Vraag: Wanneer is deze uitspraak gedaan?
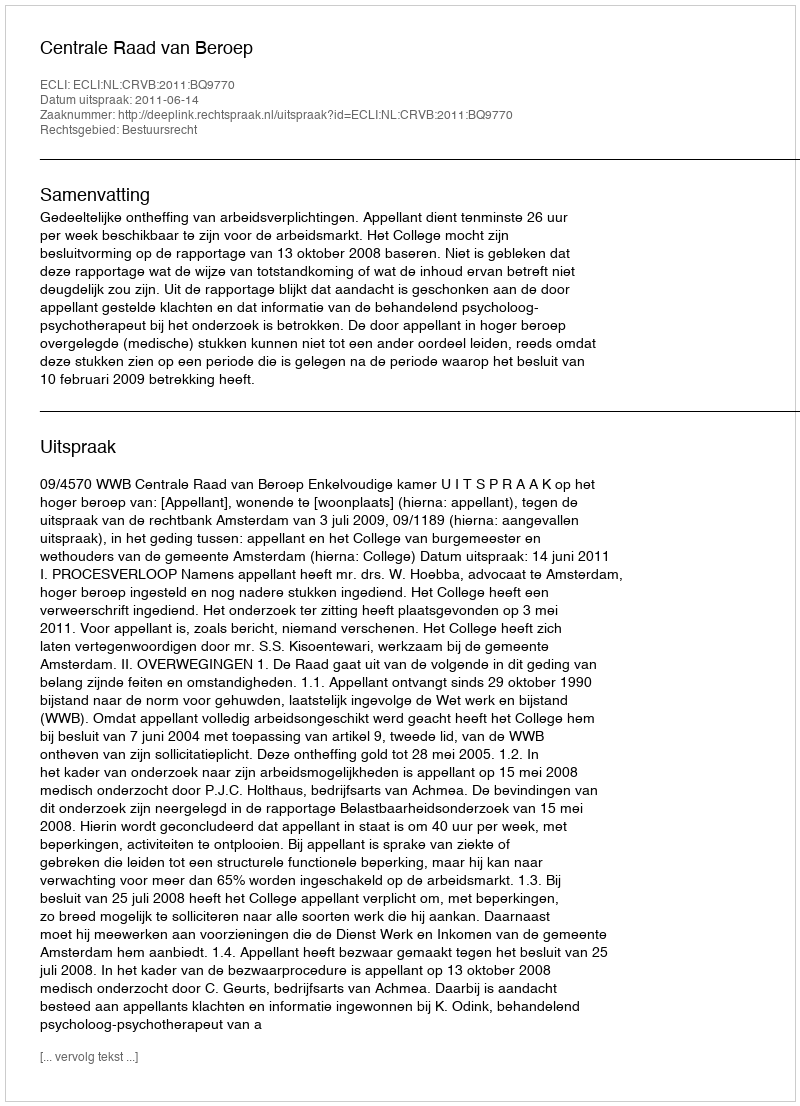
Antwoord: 2011-06-14